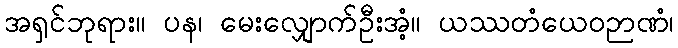
အရှင်ဘုရား။ ပန၊ မေးလျှောက်ဦးအံ့။ ယဿတံယေဝဉာဏံ၊